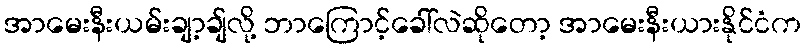
အာမေးနီးယမ်းချာ့ချ်လို့ ဘာကြောင့်ခေါ်လဲဆိုတော့ အာမေးနီးယားနိုင်ငံက